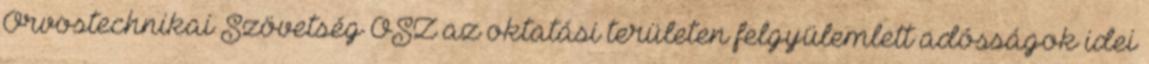
Orvostechnikai Szövetség OSZ az oktatási területen felgyülemlett adósságok idei